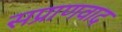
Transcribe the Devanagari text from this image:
सप्राणवाद